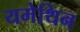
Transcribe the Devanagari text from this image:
यमेथिन